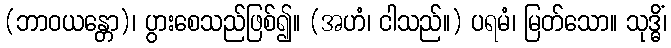
(ဘာဝယန္တော)၊ ပွားစေသည်ဖြစ်၍။ (အဟံ၊ ငါသည်။) ပရမံ၊ မြတ်သော။ သုဒ္ဓိံ၊